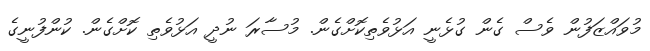
މުވައްޒަފުން ވެސް ގެން ގުޅެނީ އަޅުވެތިކޮށްގެން. މުސާރަ ނުދީ އަޅުވެތި ކޮށްގެން. ކުންފުނީގެ